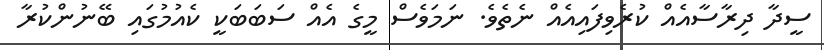
ސީދާ ދިރާސާއެއް ކުރެވިފައިއެއް ނެތެވެ. ނަމަވެސް މީގެ އެއް ސަބަބަކީ ކެއުމުގައި ބޭނުންކުރާ